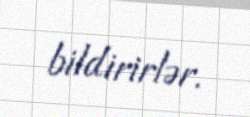
bildirirlər.